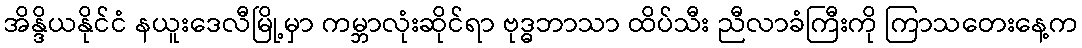
အိန္ဒိယနိုင်ငံ နယူးဒေလီမြို့မှာ ကမ္ဘာလုံးဆိုင်ရာ ဗုဒ္ဓဘာသာ ထိပ်သီး ညီလာခံကြီးကို ကြာသတေးနေ့က